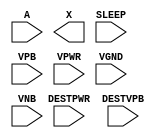
module sky130_fd_sc_lp__lsbufiso1p (
    //# {{data|Data Signals}}
    input  A      ,
    output X      ,

    //# {{power|Power}}
    input  SLEEP  ,
    input  DESTPWR,
    input  DESTVPB,
    input  VPB    ,
    input  VPWR   ,
    input  VGND   ,
    input  VNB
);
endmodule